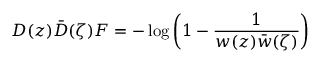
D ( z ) \bar { D } ( \zeta ) F = - \log \left( 1 - \frac 1 { w ( z ) \bar { w } ( \zeta ) } \right)